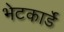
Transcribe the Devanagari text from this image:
भेटकार्डे